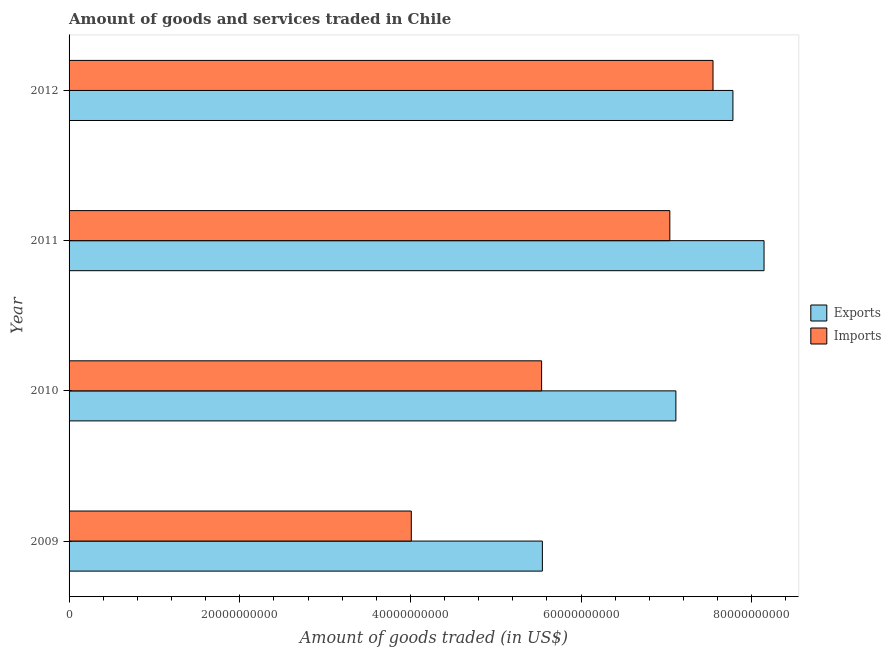
| Year | Exports | Imports |
 | --- | --- | --- |
 | 2009 | 5.55e+10 | 4.01e+10 |
 | 2010 | 7.11e+10 | 5.54e+10 |
 | 2011 | 8.14e+10 | 7.04e+10 |
 | 2012 | 7.78e+10 | 7.55e+10 |